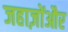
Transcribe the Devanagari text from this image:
जहाज़ोंऔर